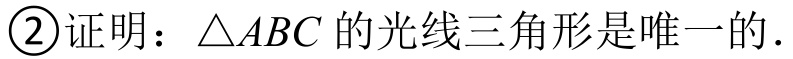
\textcircled{2}证明：\(\triangle ABC\)的光线三角形是唯一的.